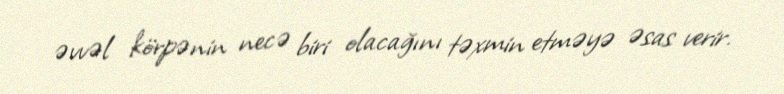
əvvəl körpənin necə biri olacağını təxmin etməyə əsas verir.